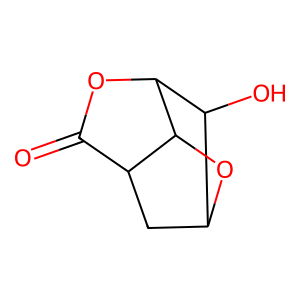
SMILES: O=C1OC2C(O)C3CC1C2O3
Inhibits HIV replication: No